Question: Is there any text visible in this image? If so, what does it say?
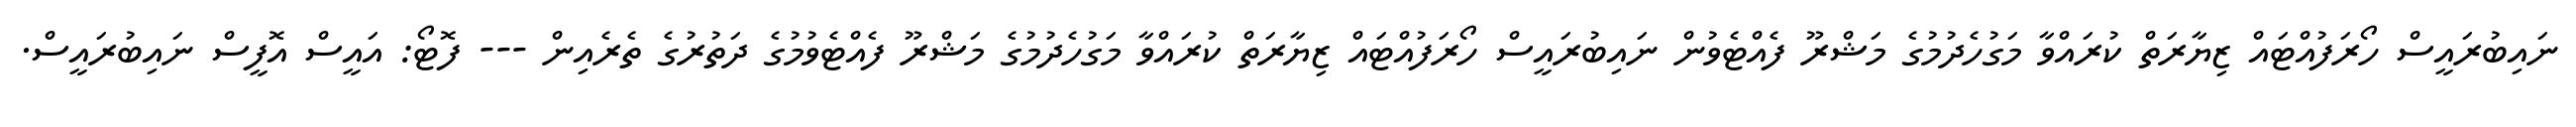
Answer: ނައިބުރައީސް ހޯރަފުއްޓައް ޒިޔާރަތް ކުރައްވާ މަގުހެދުމުގެ މަޝްރޫ ފެއްޓެވުން ނައިބުރައީސް ހޯރަފުއްޓައް ޒިޔާރަތް ކުރައްވާ މަގުހެދުމުގެ މަޝްރޫ ފެއްޓެވުމުގެ ދަތުރުގެ ތެރެއިން --- ފޮޓޯ: އައީސް އޮފީސް ނައިބުރައީސް.